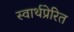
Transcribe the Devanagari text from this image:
स्वार्थप्रेरित